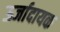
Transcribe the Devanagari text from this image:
ऊर्जादायक